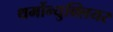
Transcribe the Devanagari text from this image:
थर्मोन्युक्लियर